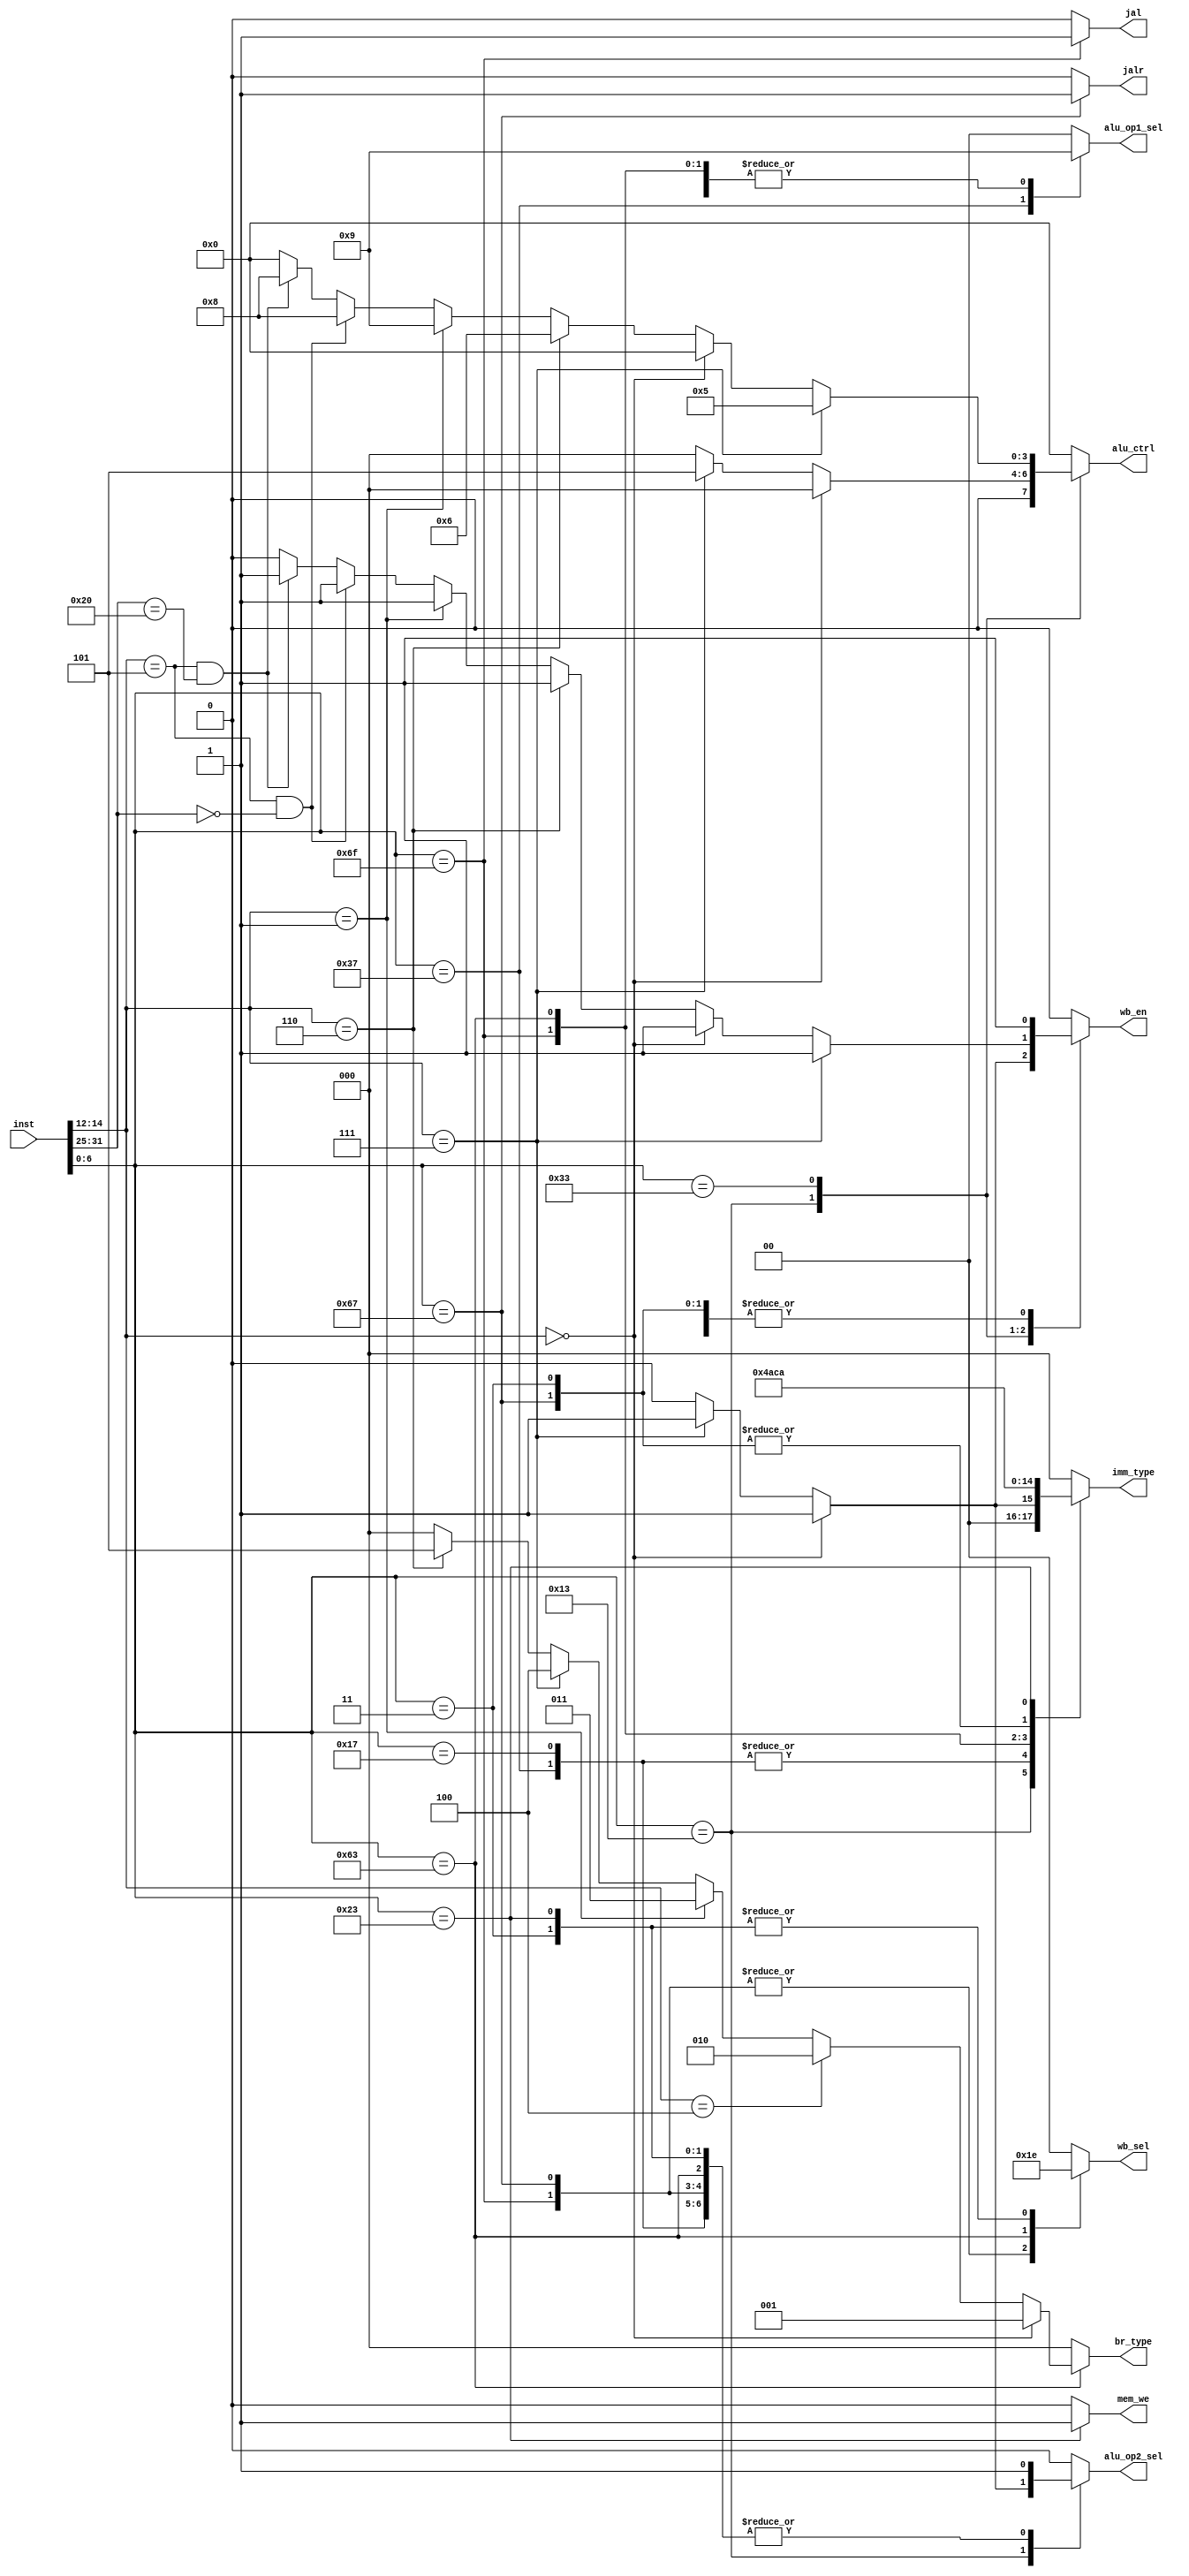
`timescale 1ns / 1ps

module CTRL(
input     [31:0] inst,
output reg       jal,jalr,
output reg [2:0] br_type,
output reg       wb_en,//write_back,RF
output reg [1:0] wb_sel,
output reg [1:0] alu_op1_sel,
output reg       alu_op2_sel,
output reg [3:0] alu_ctrl,
output reg [2:0] imm_type,
output reg       mem_we
);

always @(*) begin
    case (inst[6:0])
        7'b0010011: begin
        if(inst[14:12]==3'b000)//addi
        begin 
            jal=0;
            jalr=0;
            br_type=3'b00;//not branch
            wb_en=1'b1;//write back
            wb_sel=2'b0;//alu out
            alu_op1_sel=2'b00;//inst[19:15]
            alu_op2_sel=1'b1;//imm
            alu_ctrl=4'b0000;//+
            imm_type=3'b001;//I-type
            mem_we=1'b0;//do not write mem
        end
        else if(inst[14:12]==3'b111)//andi
        begin
            jal=0;
            jalr=0;
            br_type=3'b00;//not branch
            wb_en=1'b1;//write back
            wb_sel=2'b0;//alu out
            alu_op1_sel=2'b00;//inst[19:15]
            alu_op2_sel=1'b1;//imm
            alu_ctrl=4'b0101;//&
            imm_type=3'b001;//I-type
            mem_we=1'b0;//do not write mem
        end
        else//0
            begin
                jal=0;
                jalr=0;
                br_type=3'b00;//not branch
                wb_en=1'b0;//do not write back
                wb_sel=2'b00;//
                alu_op1_sel=2'b00;//rs1
                alu_op2_sel=1'b0;//rs2
                alu_ctrl=4'b0000;//+
                imm_type=3'b000;//R-type
                mem_we=1'b0;//do not write mem
            end
        end
        7'b0110011: begin 
            if(inst[14:12]==3'b111)//and
            begin
                jal=0;
                jalr=0;
                br_type=3'b00;//not branch
                wb_en=1'b1;//write back
                wb_sel=2'b0;//alu out
                alu_op1_sel=2'b00;//inst[19:15]
                alu_op2_sel=1'b0;//inst[24:20]
                alu_ctrl=4'b0101;//&
                imm_type=3'b000;//R-type
                mem_we=1'b0;//do not write mem
            end
            else if(inst[14:12]==3'b000)//add
            begin
                jal=0;
                jalr=0;
                br_type=3'b00;//not branch
                wb_en=1'b1;//write back
                wb_sel=2'b0;//alu out
                alu_op1_sel=2'b00;//inst[19:15]
                alu_op2_sel=1'b0;//inst[24:20]
                alu_ctrl=4'b0000;//+
                imm_type=3'b000;//R-type
                mem_we=1'b0;//do not write mem
            end
            else if(inst[14:12]==3'b110)//or
            begin
                jal=0;
                jalr=0;
                br_type=3'b00;//not branch
                wb_en=1'b1;//write back
                wb_sel=2'b0;//alu out
                alu_op1_sel=2'b00;//inst[19:15]
                alu_op2_sel=1'b0;//inst[24:20]
                alu_ctrl=4'b0110;//|
                imm_type=3'b000;//R-type
                mem_we=1'b0;//do not write mem
            end
            else if(inst[14:12]==3'b001)//sll
            begin
                jal=0;
                jalr=0;
                br_type=3'b00;//not branch
                wb_en=1'b1;//write back
                wb_sel=2'b0;//alu out
                alu_op1_sel=2'b00;//inst[19:15]
                alu_op2_sel=1'b0;//inst[24:20]
                alu_ctrl=4'b1001;//<<
                imm_type=3'b000;//R-type
                mem_we=1'b0;//do not write mem
            end
            else if(inst[14:12]==3'b101 && inst[31:25]==7'b0000000)//srl
            begin
                jal=0;
                jalr=0;
                br_type=3'b00;//not branch
                wb_en=1'b1;//write back
                wb_sel=2'b0;//alu out
                alu_op1_sel=2'b00;//inst[19:15]
                alu_op2_sel=1'b0;//inst[24:20]
                alu_ctrl=4'b1000;//>>
                imm_type=3'b000;//R-type
                mem_we=1'b0;//do not write mem
            end
            else if(inst[14:12]==3'b101 && inst[31:25]==7'b0100000)//sra
            begin
                jal=0;
                jalr=0;
                br_type=3'b00;//not branch
                wb_en=1'b1;//write back
                wb_sel=2'b0;//alu out
                alu_op1_sel=2'b00;//inst[19:15]
                alu_op2_sel=1'b0;//inst[24:20]
                alu_ctrl=4'b1000;//>>
                imm_type=3'b000;//R-type
                mem_we=1'b0;//do not write mem
            end
            else//0
            begin
                jal=0;
                jalr=0;
                br_type=3'b00;//not branch
                wb_en=1'b0;//do not write back
                wb_sel=2'b00;//
                alu_op1_sel=2'b00;//rs1
                alu_op2_sel=1'b0;//rs2
                alu_ctrl=4'b0000;//+
                imm_type=3'b000;//R-type
                mem_we=1'b0;//do not write mem
            end
        end
        7'b0110111: begin //lui
            jal=0;
            jalr=0;
            br_type=3'b00;//not branch
            wb_en=1'b1;//write back
            wb_sel=2'b0;//alu out
            alu_op1_sel=2'b10;//12
            alu_op2_sel=1'b1;//imm(12bit)
            alu_ctrl=4'b0000;//+
            imm_type=3'b100;//U-type
            mem_we=1'b0;//do not write mem
        end
        7'b0010111: begin //auipc
            jal=0;
            jalr=0;
            br_type=3'b00;//not branch
            wb_en=1'b1;//write back
            wb_sel=2'b0;//alu out
            alu_op1_sel=2'b01;//pc
            alu_op2_sel=1'b1;//imm(12bit)
            alu_ctrl=4'b0000;//+
            imm_type=3'b100;//U-type
            mem_we=1'b0;//do not write mem
        end
        7'b1101111: begin //jal
            jal=1;
            jalr=0;
            br_type=3'b00;//not branch
            wb_en=1'b1;//write back
            wb_sel=2'b01;//pc+4
            alu_op1_sel=2'b01;//inst[19:12],rs1
            alu_op2_sel=1'b1;//imm
            alu_ctrl=4'b0000;//+,NPC_sel
            imm_type=3'b101;//J-type
            mem_we=1'b0;//do not write mem
        end
        7'b1100111: begin //jalr
            jal=0;
            jalr=1;
            br_type=3'b00;//not branch
            wb_en=1'b1;//write back
            wb_sel=2'b01;//pc+4
            alu_op1_sel=2'b00;//rs1
            alu_op2_sel=1'b1;//imm
            alu_ctrl=4'b0000;//+,AND,NPC_sel
            imm_type=3'b001;//I-type
            mem_we=1'b0;//do not write mem
        end
        7'b1100011: begin 
            if(inst[14:12]==3'b000)//beq
                br_type=3'b001;//beq
            else if(inst[14:12]==3'b100)//blt
                br_type=3'b010;//blt
            else if(inst[14:12]==3'b001)//bne
                br_type=3'b011;//bne
            else if(inst[14:12]==3'b111)//bgeu
                br_type=3'b100;//bgeu
            else if(inst[14:12]==3'b110)//bltu
                br_type=3'b101;//bltu
            else br_type=3'b000;//do not branch
            jal=0;
            jalr=0;
            wb_en=1'b0;//do not write back
            wb_sel=2'b11;//
            alu_op1_sel=2'b01;//pc
            alu_op2_sel=1'b1;//imm
            alu_ctrl=4'b0000;//+
            imm_type=3'b011;//B-type
            mem_we=1'b0;//do not write mem
        end
        7'b0000011: begin //lw
            jal=0;
            jalr=0;
            br_type=3'b00;//not branch
            wb_en=1'b1;//write back
            wb_sel=2'b10;//mem_read_data
            alu_op1_sel=2'b00;//rs1
            alu_op2_sel=1'b1;//imm
            alu_ctrl=4'b0000;//+,mem_addr
            imm_type=3'b001;//I-type
            mem_we=1'b0;//do not write mem
        end
        7'b0100011: begin //sw
            jal=0;
            jalr=0;
            br_type=3'b00;//not branch
            wb_en=1'b0;//do not write back
            wb_sel=2'b10;//
            alu_op1_sel=2'b00;//rs1
            alu_op2_sel=1'b1;//imm
            alu_ctrl=4'b0000;//+,mem_addr
            imm_type=3'b010;//S-type
            mem_we=1'b1;//write mem
        end
        default: begin
            // 0
            jal=0;
            jalr=0;
            br_type=3'b00;//not branch
            wb_en=1'b0;//do not write back
            wb_sel=2'b00;//
            alu_op1_sel=2'b00;//rs1
            alu_op2_sel=1'b0;//rs2
            alu_ctrl=4'b0000;//+
            imm_type=3'b000;//R-type
            mem_we=1'b0;//do not write mem
        end
    endcase
end
endmodule